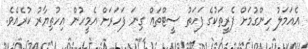
އެއަމަލު ހިންގުމަށް ފެރީތަކުގެ ފަހަތު ސީޓްތައް ގިނަ ފަހަރަށް އެމީހުން އިހުތިޔާރު ކުރެއެވެ.